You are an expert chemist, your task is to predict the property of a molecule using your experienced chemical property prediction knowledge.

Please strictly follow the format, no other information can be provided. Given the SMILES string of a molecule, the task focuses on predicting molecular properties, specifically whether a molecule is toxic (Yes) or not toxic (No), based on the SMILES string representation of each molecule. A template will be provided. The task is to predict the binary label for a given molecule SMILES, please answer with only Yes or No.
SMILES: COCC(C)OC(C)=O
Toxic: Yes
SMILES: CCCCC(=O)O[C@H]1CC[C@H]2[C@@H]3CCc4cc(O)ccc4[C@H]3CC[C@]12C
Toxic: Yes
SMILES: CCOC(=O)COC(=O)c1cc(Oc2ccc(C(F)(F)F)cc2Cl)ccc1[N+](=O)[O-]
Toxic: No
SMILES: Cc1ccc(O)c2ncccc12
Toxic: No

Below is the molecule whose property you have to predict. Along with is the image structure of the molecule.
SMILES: c1ccc(CSCc2ccccc2)cc1
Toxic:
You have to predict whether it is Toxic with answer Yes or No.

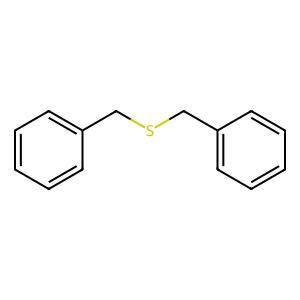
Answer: No